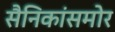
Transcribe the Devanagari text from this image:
सैनिकांसमोर